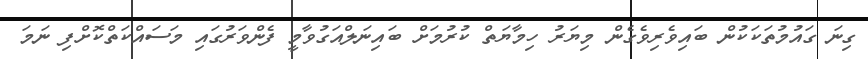
ގިނަ ގައުމުތަކަކުން ބައިވެރިވެގެން މިޔަރު ހިމާޔަތް ކުރުމަށް ބައިނަލްއަގުވާމީ ފެންވަރުގައި މަސައްކަތްކޮށްފި ނަމަ